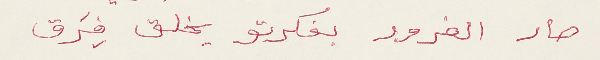
صار الغرور بفكرتو يخلق فِرَق